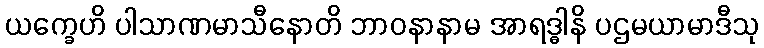
ယက္ခေဟိ ပါသာဏမာသီနောတိ ဘာဝနာနာမ အာရဒ္ဓါနိ ပဌမယာမာဒီသု